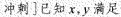
冲刺]已知x，y满足